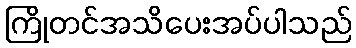
ကြိုတင်အသိပေးအပ်ပါသည်